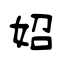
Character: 妱